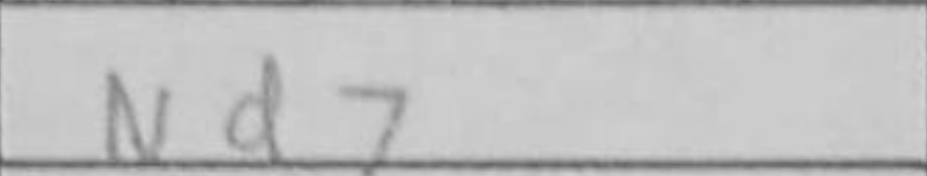
Transcription: Nd7